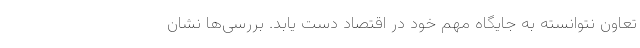
تعاون نتوانسته به جایگاه مهم خود در اقتصاد دست یابد. بررسی‌ها نشان